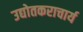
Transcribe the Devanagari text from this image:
उद्योतकराचार्य